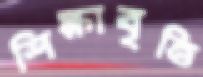
শিক্ষাবৃত্তি